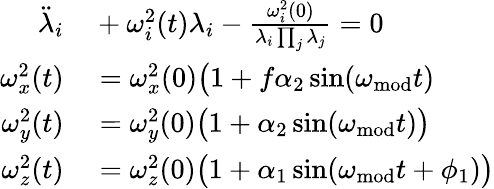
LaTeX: \begin{array}{rl}{\ddot{\lambda}_{i}}&{{}+\omega_{i}^{2}(t)\lambda_{i}-\frac{\omega_{i}^{2}(0)}{\lambda_{i}\prod_{j}\lambda_{j}}=0}\\ {\omega_{x}^{2}(t)}&{{}=\omega_{x}^{2}(0)\big(1+f\alpha_{2}\sin(\omega_{\mathrm{mod}}t)}\\ {\omega_{y}^{2}(t)}&{{}=\omega_{y}^{2}(0)\big(1+\alpha_{2}\sin(\omega_{\mathrm{mod}}t)\big)}\\ {\omega_{z}^{2}(t)}&{{}=\omega_{z}^{2}(0)\big(1+\alpha_{1}\sin(\omega_{\mathrm{mod}}t+\phi_{1})\big)}\end{array}